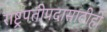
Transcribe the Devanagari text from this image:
राष्ट्रपतीपदासाठीही